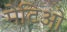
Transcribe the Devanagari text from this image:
मेटिओ